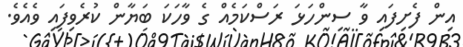
އިން ފެށިފައި ވާ ސިންހަޅަ ރަސްކަމެއް ގެ ވާހަކަ ބަޔާން ކުރެވިފައި ވެއެވެ.